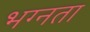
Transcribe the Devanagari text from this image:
भग्नता